Civil Veterinary Dept. Assam report 1927-50 - 1927-1950
Year: 1927
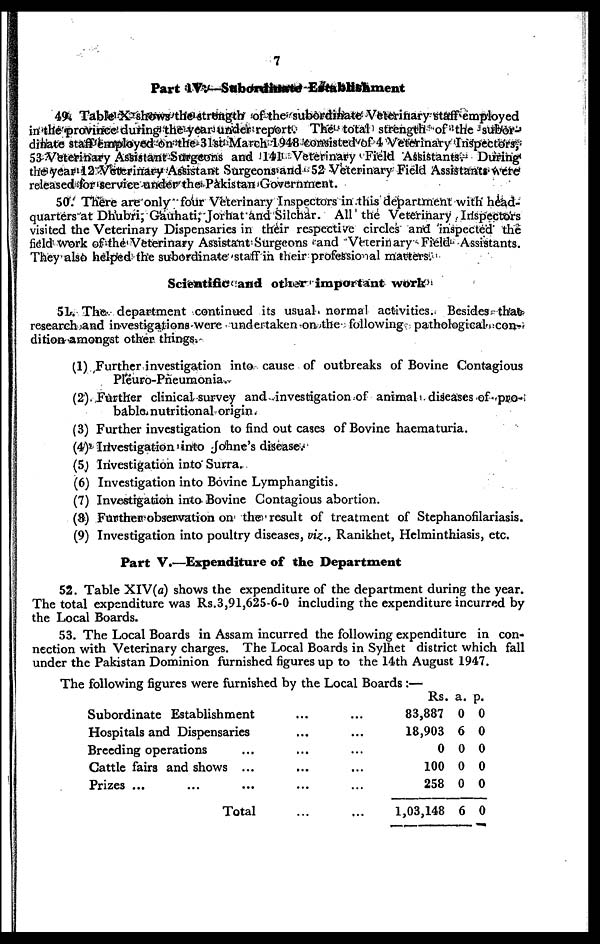
7
Part
IV.—Subordinate-Establishment
4-. Table X shows the strongth of the subordinate Veterinary staff employed
in the province during the year under report. The total strength of the subor-
dinatc staff employed 6n the 31st March 1948 consisted of 4 Veterinary Inspectors,
53 Veterinary Assistant Surgeons and 141 Veterinary Field Assistants. During
the year 12 Veterinary Assistant Surgeons and 52 Veterinary Field Assistants were
released for service under the Pakistan Government.
50. There are only four Veterinary Inspectors in this department with head-
quarters at Dhubri, Gauhati, Jorhat and Silchar. All the Veterinary Inspectors
visited the Veterinary Dispensaries in their respective circles and inspected the
field Work of the Veterinary Assistant Surgeons and Veterinary Field Assistants.
They also helped the subordinate staff in their professio al matters.
Scientific and other important work
51. The department continued its usual normal activities. Besides that
research and investigations-were undertaken on the following pathological con-
dition-amongst other things.
(1) Further investigation into cause of outbreaks of Bovine Contagious
Pleuro-Pneumonia.
(2) Further clinical survey and investigation of animal diseases of pro-
bable nutritional origin.
(3) Further investigation to find out cases of Bovine haematuria.
(4) Investigation into Johne's disease.
(5) Investigation into Surra.
(6) Investigation into Bovine Lymphangitis.
(7) Investigation into Bovine Contagious abortion.
(8) Further observation on the result of treatment of Stephanofilariasis.
(9) Investigation into poultry diseases, viz., Ranikhet, Helminthiasis, etc.
Part V.—Expenditure of the Department
52. Table XIV(a) shows the expenditure of the department during the year.
The total expenditure was Rs.3,91,625-6-0 including the expenditure incurred by
the Local Boards.
53. The Local Boards in Assam incurred the following expenditure in con-
nection with Veterinary charges. The Local Boards in Sylhet district which fall
under the Pakistan Dominion furnished figures up to the 14th August 1947.
The following figures were furnished by the Local Boards:—
Subordinate Establishment
Hospitals and Dispensaries
Breeding operations ...
Cattle fairs and shows ...
Prizes ... ... ...
Total
...
...
...
...
...
...
...
...
...
...
...
...
Rs. a. p.
83,887 0 0
18,903 6 0
0 0 0
100 0 0
258 0 0
1,03,148 6 0